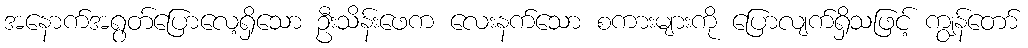
အနောက်အရွတ်ပြောလေ့ရှိသော ဦးသိန်းဖေက လေးနက်သော စကားများကို ပြောလျက်ရှိသဖြင့် ကျွန်တော်